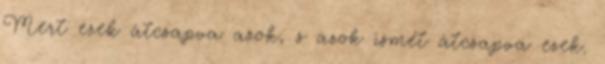
Mert ezek átcsapva azok, s azok ismét átcsapva ezek.